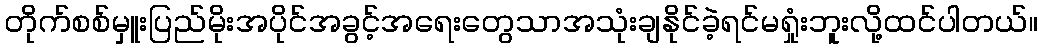
တိုက်စစ်မှူးပြည်မိုးအပိုင်အခွင့်အရေးတွေသာအသုံးချနိုင်ခဲ့ရင်မရှုံးဘူးလို့ထင်ပါတယ်။